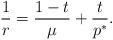
LaTeX: \begin{align*}\frac{1}{r}=\frac{1-t}{\mu}+\frac{t}{p^*}. \end{align*}